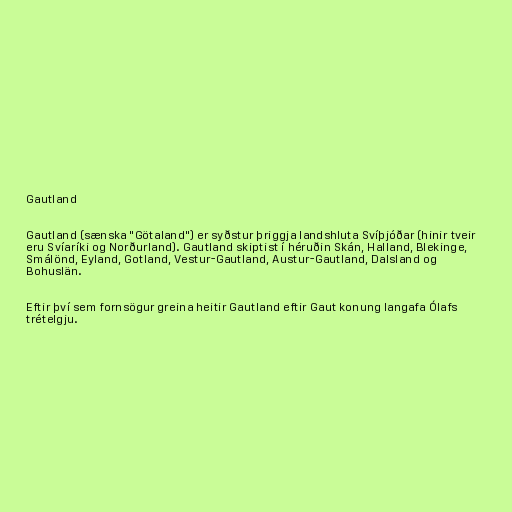
Gautland

Gautland (sænska "Götaland") er syðstur þriggja landshluta Svíþjóðar (hinir tveir
eru Svíaríki og Norðurland). Gautland skiptist í héruðin Skán, Halland, Blekinge,
Smálönd, Eyland, Gotland, Vestur-Gautland, Austur-Gautland, Dalsland og
Bohuslän.

Eftir því sem fornsögur greina heitir Gautland eftir Gaut konung langafa Ólafs
trételgju.